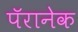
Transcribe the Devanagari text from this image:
पॅरानेक